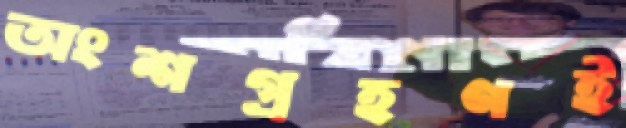
অংশগ্রহণই